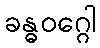
ခန္ဓဝဂ္ဂေါ